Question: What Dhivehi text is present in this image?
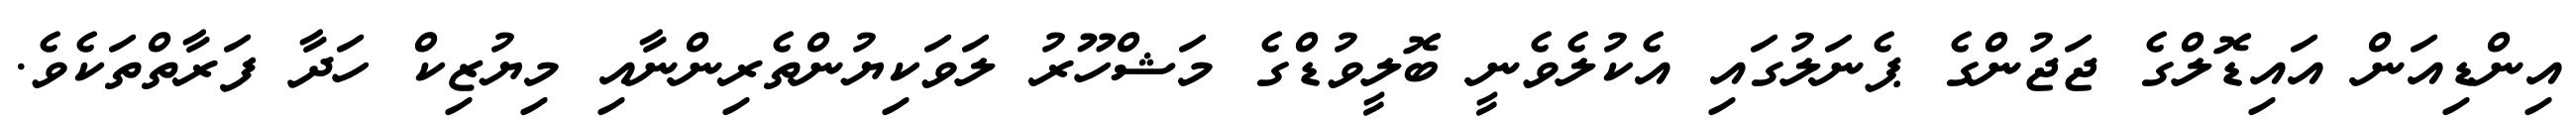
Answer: އިންޑިއަން އައިޑޮލްގެ ޖަޖުންގެ ޕެނަލުގައި އެކުލެވެނީ ބޮލީވުޑްގެ މަޝްހޫރު ލަވަކިޔުންތެރިންނާއި މިޔުޒިކް ހަދާ ފަރާތްތަކެވެ.